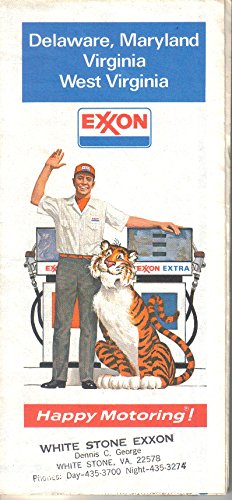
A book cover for Exxon Highway Map, Delaware, Maryland, Virginia, West Virginia 1973; Exxon; Travel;